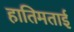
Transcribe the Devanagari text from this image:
हातिमताई